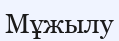
Мұжылу